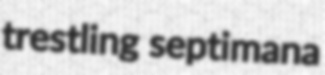
trestling septimana